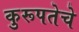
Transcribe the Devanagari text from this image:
कुरूपतेचे